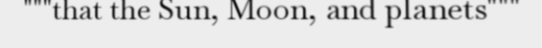
"""that the Sun, Moon, and planets"""